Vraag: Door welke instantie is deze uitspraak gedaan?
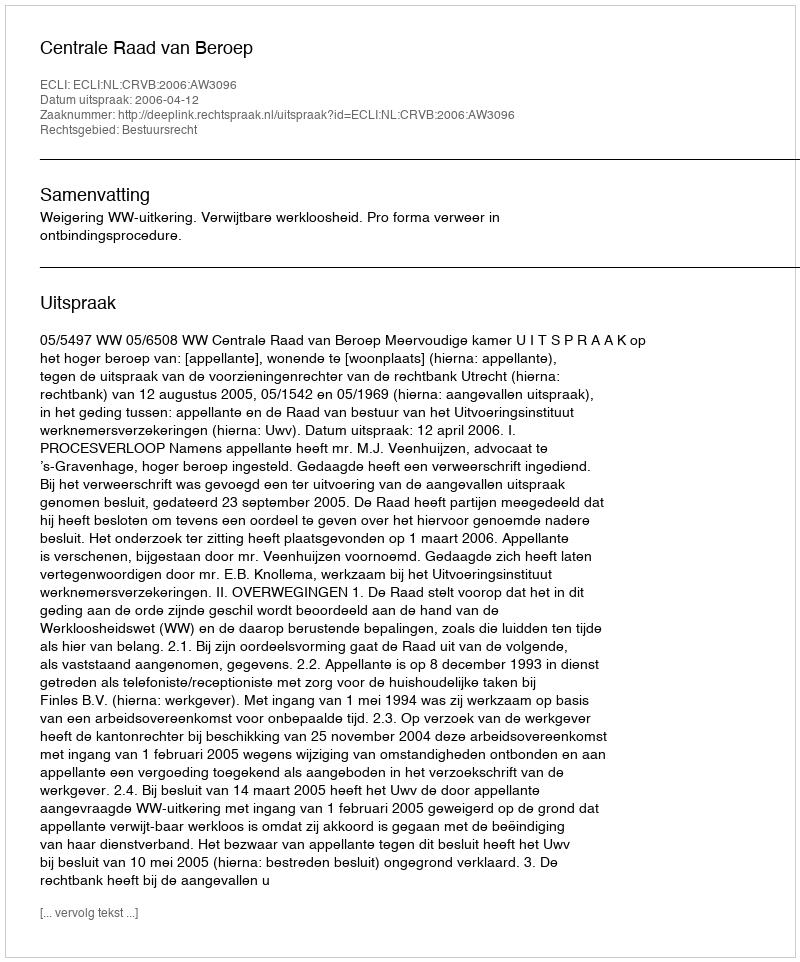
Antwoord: Centrale Raad van Beroep